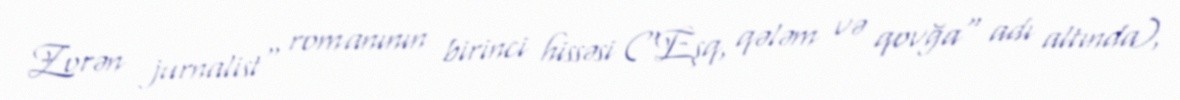
Zorən jurnalist" romanının birinci hissəsi ("Eşq, qələm və qovğa" adı altında),